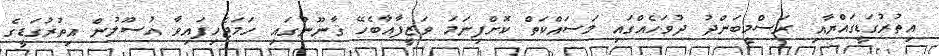
އިތުރުގަޑީގައްޔާއި ރަސްމީބަންދު ދުވަހެއްގައި މަސައްކަތް ކޮށްފިނަމަ ވަޒީފާއާބެހޭ ޤާނޫނުގައި ހަމަޖެހިފައިވާ އުސޫލުން އިތުރުގަޑީގެ